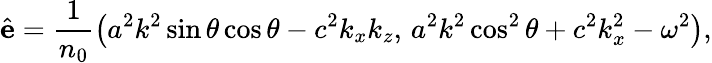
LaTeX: \hat{\mathbf{e}}=\frac{1}{n_{0}}\left(a^{2}k^{2}\sin\theta\cos\theta-c^{2}k_{x}k_{z},\, a^{2}k^{2}\cos^{2}\theta+c^{2}k_{x}^{2}-\omega^{2}\right),